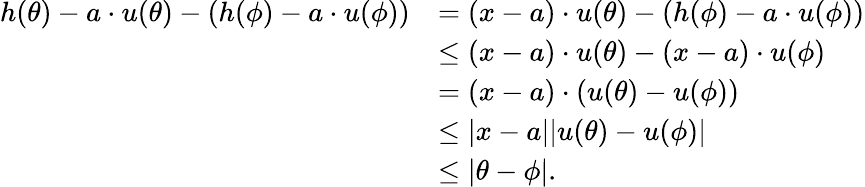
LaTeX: \begin{array}{rl}{h(\theta)-a\cdot u(\theta)-(h(\phi)-a\cdot u(\phi))}&{=(x-a)\cdot u(\theta)-(h(\phi)-a\cdot u(\phi))}\\ &{\le(x-a)\cdot u(\theta)-(x-a)\cdot u(\phi)}\\ &{=(x-a)\cdot(u(\theta)-u(\phi))}\\ &{\le|x-a||u(\theta)-u(\phi)|}\\ &{\le|\theta-\phi|.}\end{array}